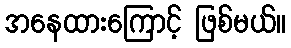
အနေထားကြောင့် ဖြစ်မယ်။